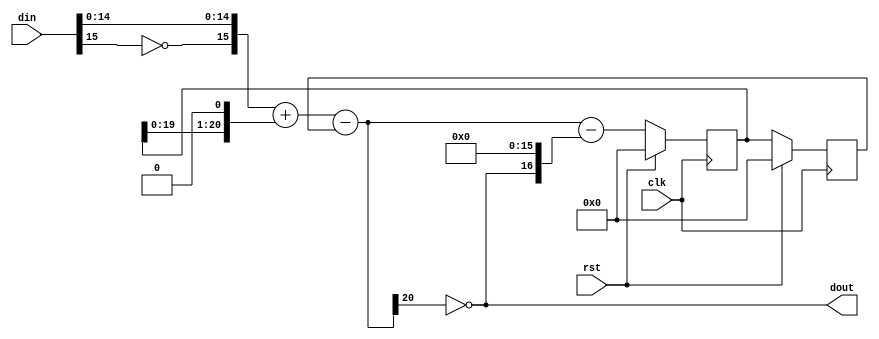
module jt51_dac2 #(parameter width=16)
(
	input	clk,
    input	rst,
    input	signed [width-1:0] din,
    output	reg dout
);

parameter int_w = width+5;

reg [int_w-1:0] y, error, error_1, error_2;

wire [width-1:0] undin = { ~din[width-1], din[width-2:0] };

always @(*) begin
	y <= undin + { error_1, 1'b0} - error_2;
	dout <= ~y[int_w-1];
	error <= y - {dout, {width{1'b0}}};
end

always @(posedge clk)
	if( rst ) begin
		error_1 <= {int_w{1'b0}};
		error_2 <= {int_w{1'b0}};
	end else begin
		error_1 <= error;
		error_2 <= error_1;
	end

endmodule